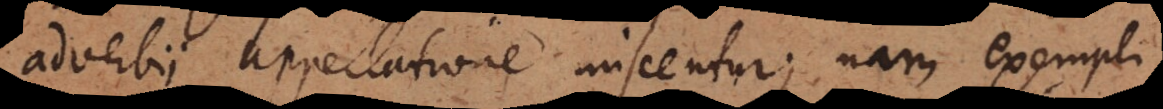
adverbii appellatione miscentur; nam exempli